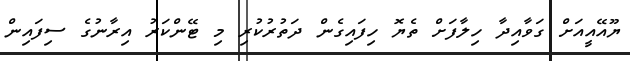
ޔޫއޭއީއަށް ގަވާއިދާ ހިލާފަށް ތެޔޮ ހިފައިގެން ދަތުރުކުރި މި ޓޭންކަރު އިރާނުގެ ސިފައިން